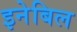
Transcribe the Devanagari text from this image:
इनेबिल